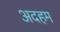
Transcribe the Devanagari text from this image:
अदहम